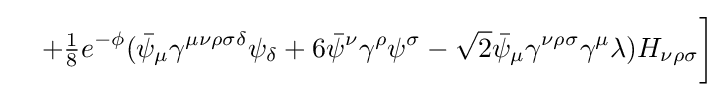
\ \ \ +{\tfrac {1}{8}}e^{-\phi }({\bar {\psi }}_{\mu }\gamma ^{\mu \nu \rho \sigma \delta }\psi _{\delta }+6{\bar {\psi }}^{\nu }\gamma ^{\rho }\psi ^{\sigma }-{\sqrt {2}}{\bar {\psi }}_{\mu }\gamma ^{\nu \rho \sigma }\gamma ^{\mu }\lambda )H_{\nu \rho \sigma }{\bigg ]}